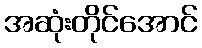
အဆုံးတိုင်အောင်